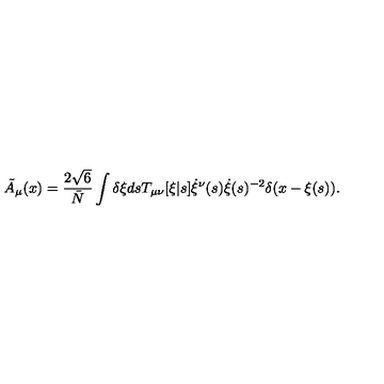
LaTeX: { \tilde { A } } _ { \mu } ( x ) = \frac { 2 \sqrt { 6 } } { \bar { N } } \int \delta \xi d s T _ { \mu \nu } [ \xi | s ] \dot { \xi } ^ { \nu } ( s ) \dot { \xi } ( s ) ^ { - 2 } \delta ( x - \xi ( s ) ) .